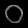
Digit: ၀